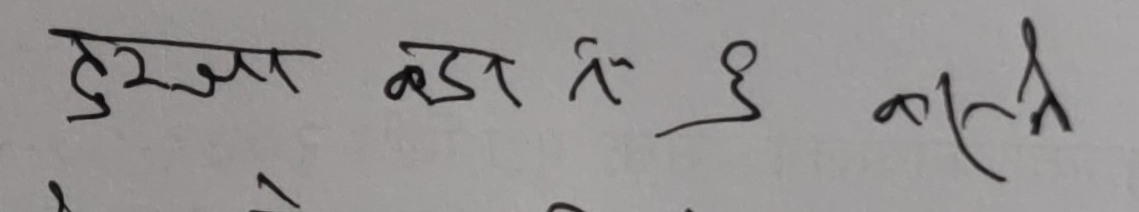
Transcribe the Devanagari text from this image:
दुर्गा बडा रीई काल